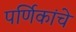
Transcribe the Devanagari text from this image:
पर्णिकांचे